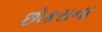
છોકરાના